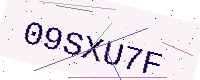
Text: 09SXU7F